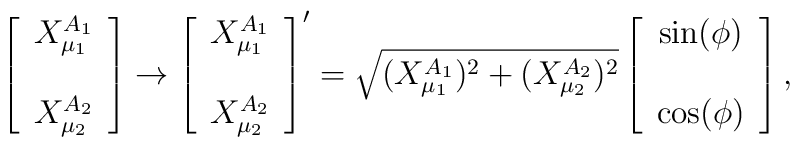
\left[ \begin{array}{c}         X_{\mu_1}^{A_1} \\                          \\          X_{\mu_2}^{A_2}        \end{array}\right] \rightarrow \left[ \begin{array}{c}            X_{\mu_1}^{A_1} \\                                                        \\          X_{\mu_2}^{A_2}           \end{array}\right]' = \sqrt{(X_{\mu_1}^{A_1})^2 + (X_{\mu_2}^{A_2})^2} \left[ \begin{array}{c}            \sin(\phi)   \\                                                     \\          \cos(\phi)        \end{array}\right],